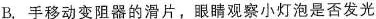
B.手移动变阻器的滑片，眼睛观察小灯泡是否发光